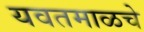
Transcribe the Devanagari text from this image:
यवतमाळचे